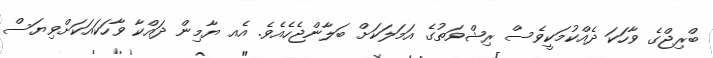
ބްރިޖްގެ ވާހަކަ ދެއްކުމަކީވެސް ރިޝްވަތުގެ އަމަލަކަށް ބަލާންޖެހެއެވެ. އެއ ޔާމިން ދައްކާ ވާހަކައަކަށްވިޔަސް